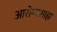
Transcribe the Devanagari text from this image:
आरोग्यसाह्य